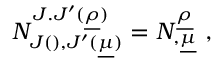
N _ { J ( \l ) , J ^ { \prime } ( \underline { { { \mu } } } ) } ^ { J . J ^ { \prime } ( \underline { { { \rho } } } ) } = N _ { \l , \underline { { { \mu } } } } ^ { \underline { { { \rho } } } } \ ,